Civil Veterinary Department. Madras. Admin. report 1926-33 - 1926-1933
Year: 1926
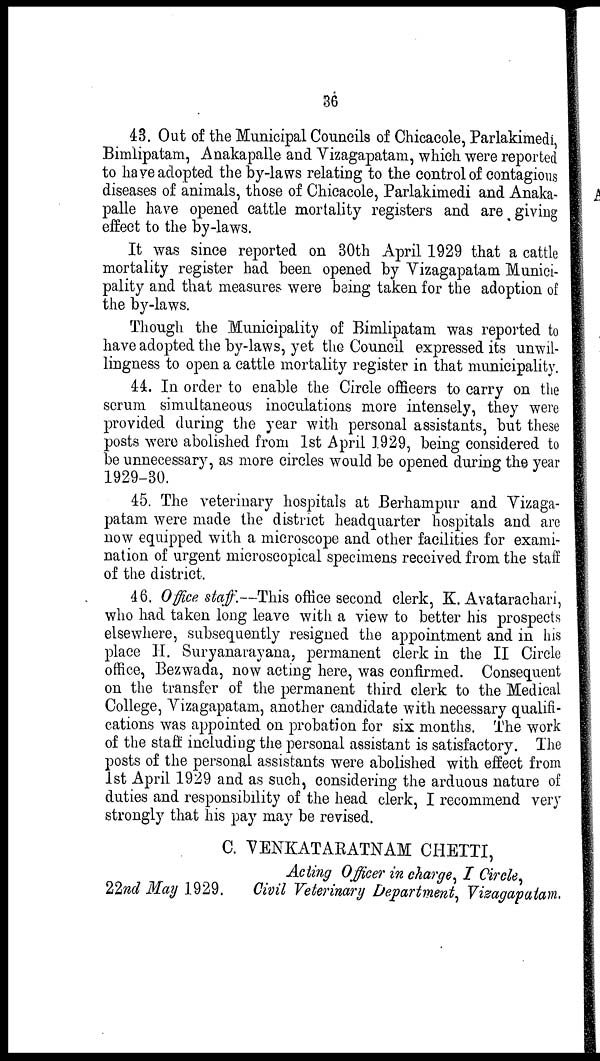
36
43. Out of the Municipal Councils of Chicacole, Parlakimedi,
Bimlipatam, Anakapalle and Vizagapatam, which were reported
to have adopted the by-laws relating to the control of contagious
diseases of animals, those of Chicacole, Parlakimedi and Anaka-
palle have opened cattle mortality registers and are giving
effect to the by-laws.
It was since reported on 30th April 1929 that a cattle
mortality register had been opened by Vizagapatam Munici-
pality and that measures were being taken for the adoption of
the by-laws.
Though the Municipality of Bimlipatam was reported to
have adopted the by-laws, yet the Council expressed its unwil-
lingness to open a cattle mortality register in that municipality.
44. In order to enable the Circle officers to carry on the
serum simultaneous inoculations more intensely, they were
provided during the year with personal assistants, but these
posts were abolished from 1st April 1929, being considered to
be unnecessary, as more circles would be opened during the year
1929-30.
45. The veterinary hospitals at Berhampur and Vizaga-
patam were made the district headquarter hospitals and are
now equipped with a microscope and other facilities for exami-
nation of urgent microscopical specimens received from the staff
of the district.
46. Office staff.--This office second clerk, K. Avatarachari,
who had taken long leave with a view to better his prospects
elsewhere, subsequently resigned the appointment and in his
place H. Suryanarayana, permanent clerk in the II Circle
office, Bezwada, now acting here, was confirmed. Consequent
on the transfer of the permanent third clerk to the Medical
College, Vizagapatam, another candidate with necessary qualifi-
cations was appointed on probation for six months. The work
of the staff including the personal assistant is satisfactory. The
posts of the personal assistants were abolished with effect from
1st April 1929 and as such, considering the arduous nature of
duties and responsibility of the head clerk, I recommend very
strongly that his pay may be revised.
C. VENKATARATNAM CHETTI,
Acting Officer in charge, I Circle,
22nd May 1929.
Civil Veterinary Department, Vizagapatam.